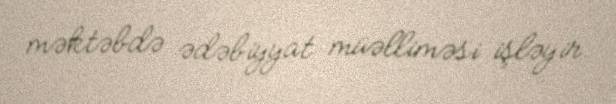
məktəbdə ədəbiyyat müəlliməsi işləyir.